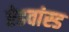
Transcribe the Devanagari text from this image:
ऐडवांस्ड